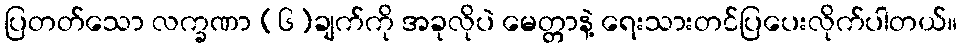
ပြတတ်သော လက္ခဏာ (၆)ချက်ကို အခုလိုပဲ မေတ္တာနဲ့ ရေးသားတင်ပြပေးလိုက်ပါတယ်။